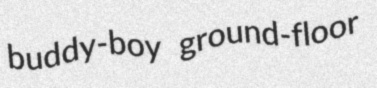
buddy-boy ground-floor